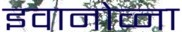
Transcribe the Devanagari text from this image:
इवानोव्ना